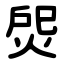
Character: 焈